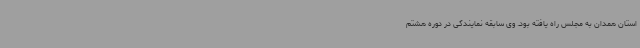
استان همدان به مجلس راه یافته بود. وی سابقه نمایندگی در دوره هشتم